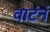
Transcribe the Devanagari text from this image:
वाटंनं